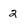
Character: 2